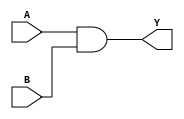
module two_input_and (
    input A,
    input B,
    output Y
);

assign Y = A & B;

endmodule